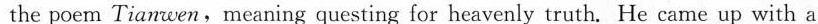
the poem Tianwen,meaning questing for heavenly truth. He came up with a